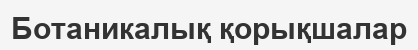
Ботаникалық қорықшалар